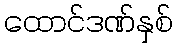
ထောင်ဒဏ်နှစ်